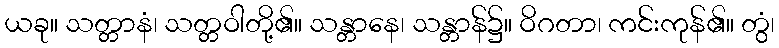
ယခု။ သတ္တာနံ၊ သတ္တဝါတို့၏။ သန္တာနေ၊ သန္တာန်၌။ ဝိဂတာ၊ ကင်းကုန်၏။ တွံ၊